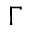
\Gamma